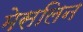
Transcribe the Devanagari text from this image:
मेसलिन